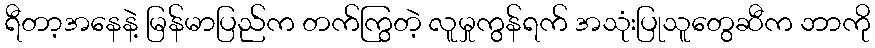
ရီတာ့အနေနဲ့ မြန်မာပြည်က တက်ကြွတဲ့ လူမှုကွန်ရက် အသုံးပြုသူတွေဆီက ဘာကို